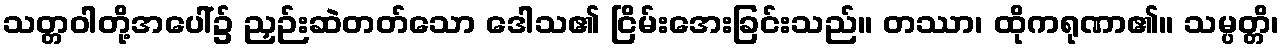
သတ္တဝါတို့အပေါ်၌ ညှဉ်းဆဲတတ်သော ဒေါသ၏ ငြိမ်းအေးခြင်းသည်။ တဿာ၊ ထိုကရုဏာ၏။ သမ္ပတ္တိ၊